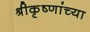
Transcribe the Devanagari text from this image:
श्रीकृष्णांच्या